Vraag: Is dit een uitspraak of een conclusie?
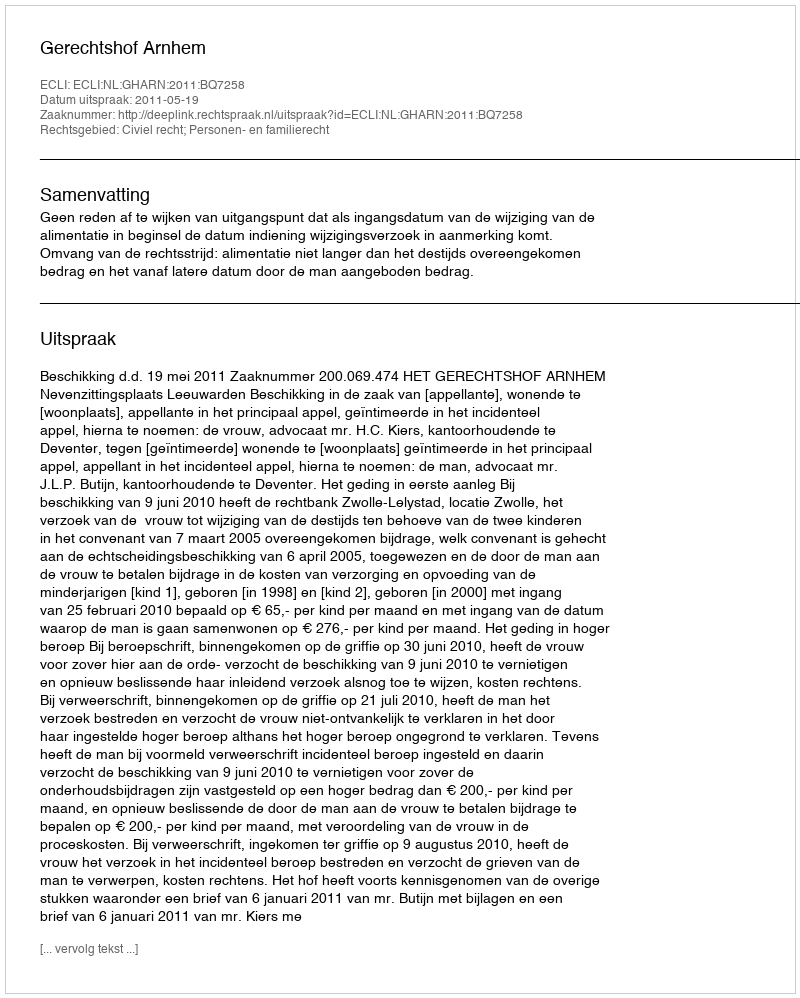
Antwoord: Uitspraak